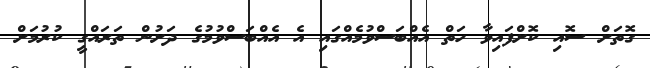
ގޮތަށް ސޮއި ކޮށްފައިވާ ހަތް އެއްބަސްވުމެއްގައި އެ އެއްބަސްވުމުގެ ދަށުން ތަރައްގީ ކުރުމަށް